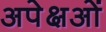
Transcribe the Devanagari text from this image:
अपेक्षओं